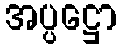
အပ္ပဋ္ဌော